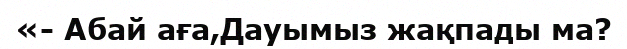
«- Абай аға,Дауымыз жақпады ма?